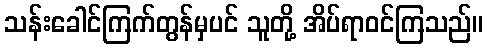
သန်းခေါင်ကြက်တွန်မှပင် သူတို့ အိပ်ရာဝင်ကြသည်။